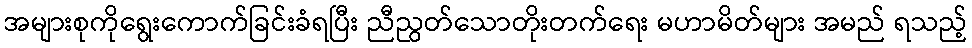
အများစုကိုရွေးကောက်ခြင်းခံရပြီး ညီညွတ်သောတိုးတက်ရေး မဟာမိတ်များ အမည် ရသည့်